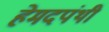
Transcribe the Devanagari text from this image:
हेमदपंथी